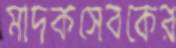
মাদকসেবকের